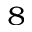
^ 8